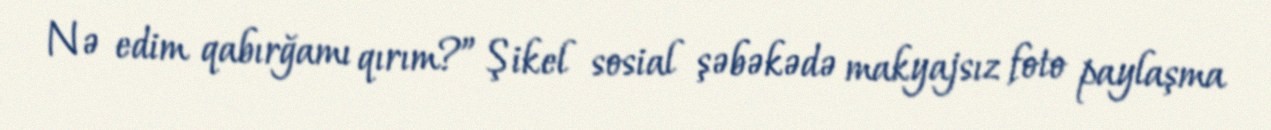
Nə edim qabırğamı qırım?” Şikel sosial şəbəkədə makyajsız foto paylaşma